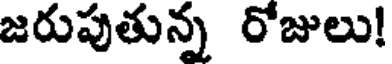
జరుపుతున్న రోజులు!